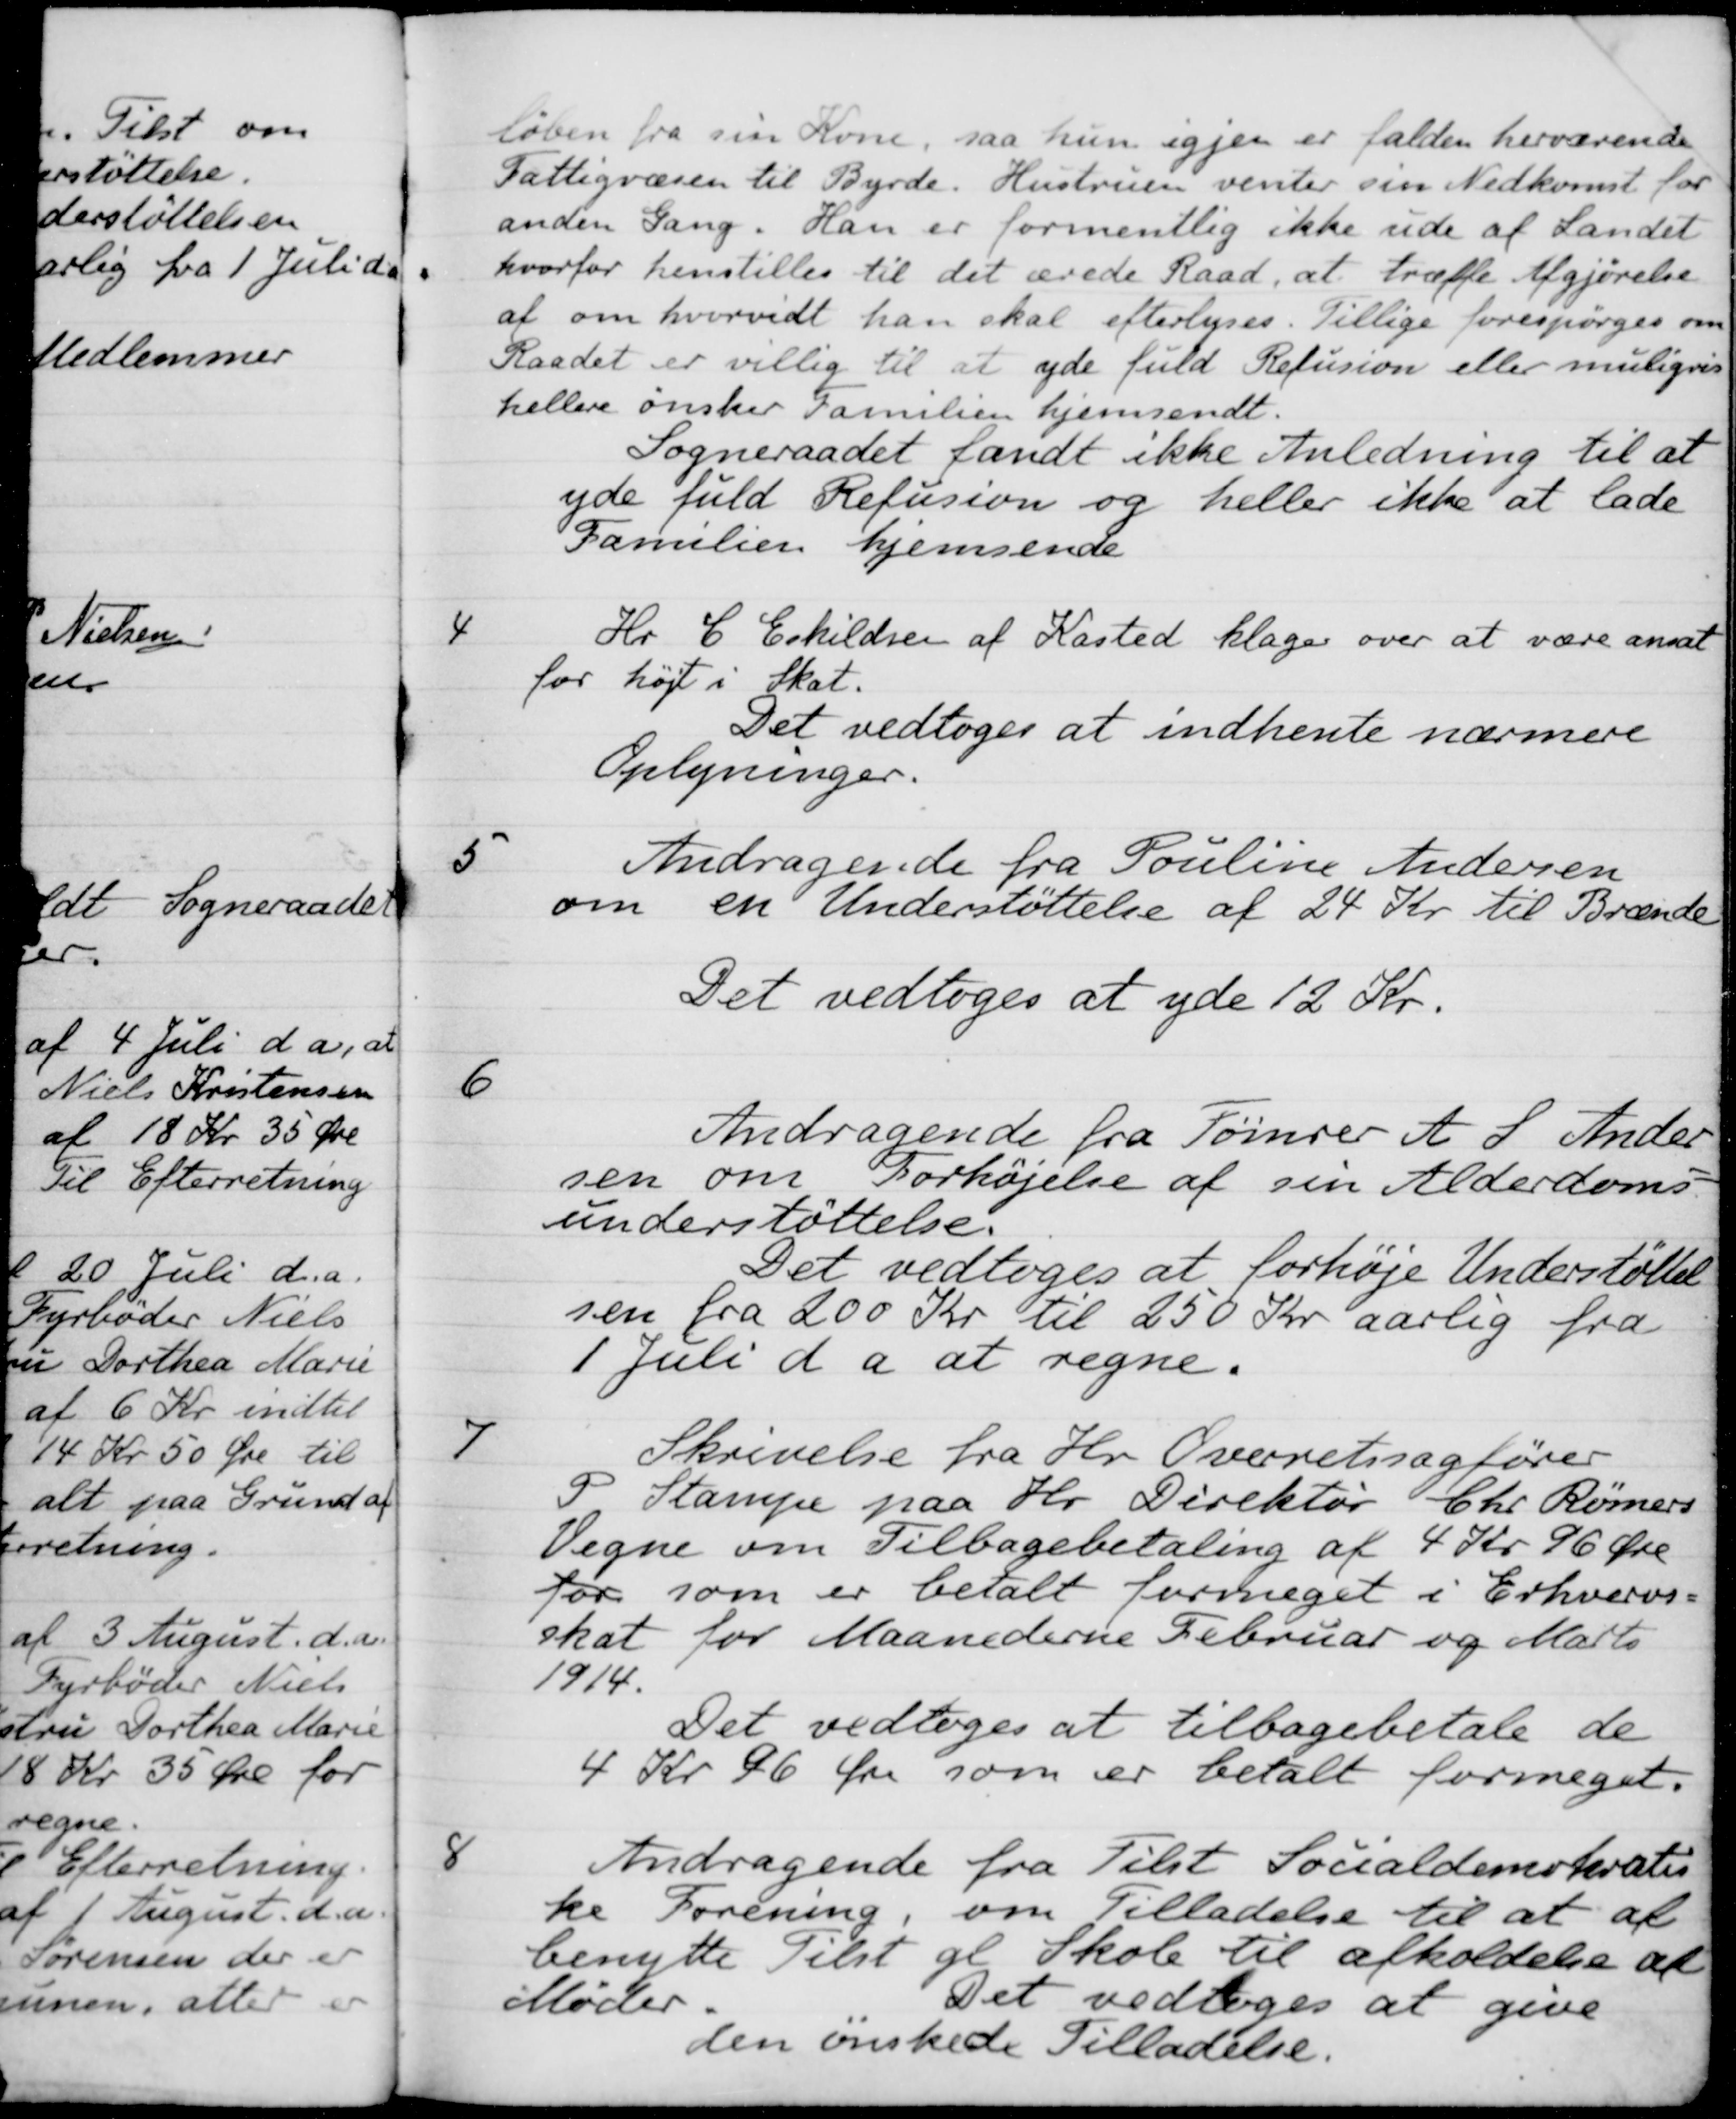
Transskription:
løben fra sin Kone, saa hun igjen er falden herværende
Fattigvæsen til Byrde. Hustruen venter sin Nedkomst for
anden Gang. Han er formentlig ikke ude af Landet
hvorfor henstilles til det ærede Raad, at træffe Afgjørelse
af om hvorvidt han skal efterlyses. Tillige forespørges om
Raadet er villig til at yde fuld Refusion eller muligvis
hellere ønsker Familien hjemsendt.
Sogneraadet fandt ikke Anledning til at
yde fuld Refusion og heller ikke at lade
Familien hjemsende
4
Hr. C. Eskildsen af Kasted klager over at være ansat
for højt i Skat.
Det vedtoges at indhente nærmere
Oplysninger.
5
Andragende fra Pouline Andersen
om en Understøttelse af 24 Kr. til Brænde
Det vedtoges at yde 12 Kr.
6
Andragende fra Tømrer A. S. Ander
sen om Forhøjelse af sin Alderdoms
understøttelse.
Det vedtoges at forhøje Understøttels
sen fra 200 Kr til 250 Kr aarlig fra
1 Juli d a at regne.
7
Skrivelse fra Hr Overretssagfører
P Stampe paa Hr. Direktør Chr Rømers
Vegne om Tilbagebetaling af 4 Kr 96 Øre
for som er betalt formeget i Erhvervs
skat for Maanederne Februar og Marts
1914.
Det vedtoges at tilbagebetale de
4 Kr. 96 Øre som er betalt formeget.
8
Andragende fra Tilst Socialdemokratis-
ke Forening, om Tilladelse til at af
benytte Tilst gl Skole til afholdelse af
Møder.
Det vedtoges at give
den ønskede Tilladelse.